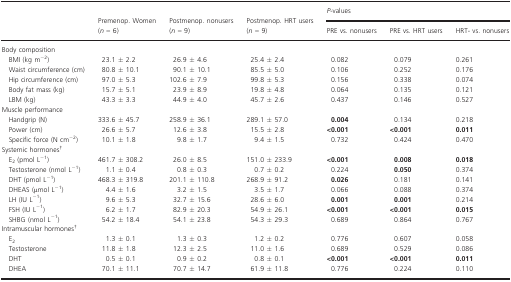
<table><thead><tr><td rowspan="2"></td><td rowspan="2"><b>Premenop. Women (<i>n</i> = 6)</b></td><td rowspan="2"><b>Postmenop. nonusers (<i>n</i> = 9)</b></td><td rowspan="2"><b>Postmenop. HRT users (<i>n</i> = 9)</b></td><td colspan="3"><b><i>P</i>‐values</b></td></tr><tr><td><b>PRE vs. nonusers</b></td><td><b>PRE vs. HRT users</b></td><td><b>HRT‐ vs. nonusers</b></td></tr></thead><tbody><tr><td colspan="7">Body composition</td></tr><tr><td>BMI (kg m<sup>−2</sup>)</td><td>23.1 ± 2.2</td><td>26.9 ± 4.6</td><td>25.4 ± 2.4</td><td>0.082</td><td>0.079</td><td>0.261</td></tr><tr><td>Waist circumference (cm)</td><td>80.8 ± 10.1</td><td>90.1 ± 10.1</td><td>85.5 ± 5.0</td><td>0.106</td><td>0.252</td><td>0.176</td></tr><tr><td>Hip circumference (cm)</td><td>97.0 ± 5.3</td><td>102.6 ± 7.9</td><td>99.8 ± 5.3</td><td>0.156</td><td>0.338</td><td>0.074</td></tr><tr><td>Body fat mass (kg)</td><td>15.7 ± 5.1</td><td>23.9 ± 8.9</td><td>19.8 ± 4.8</td><td>0.064</td><td>0.135</td><td>0.121</td></tr><tr><td>LBM (kg)</td><td>43.3 ± 3.3</td><td>44.9 ± 4.0</td><td>45.7 ± 2.6</td><td>0.437</td><td>0.146</td><td>0.527</td></tr><tr><td colspan="7">Muscle performance</td></tr><tr><td>Handgrip (N)</td><td>333.6 ± 45.7</td><td>258.9 ± 36.1</td><td>289.1 ± 57.0</td><td><b>0.004</b></td><td>0.134</td><td>0.218</td></tr><tr><td>Power (cm)</td><td>26.6 ± 5.7</td><td>12.6 ± 3.8</td><td>15.5 ± 2.8</td><td><b>&lt;0.001</b></td><td><b>&lt;0.001</b></td><td><b>0.011</b></td></tr><tr><td>Specific force (N cm<sup>−2</sup>)</td><td>10.1 ± 1.8</td><td>9.8 ± 1.7</td><td>9.4 ± 1.5</td><td>0.732</td><td>0.424</td><td>0.470</td></tr><tr><td colspan="7">Systemic hormonesa</td></tr><tr><td>E<sub>2</sub> (pmol L<sup>−1</sup>)</td><td>461.7 ± 308.2</td><td>26.0 ± 8.5</td><td>151.0 ± 233.9</td><td><b>&lt;0.001</b></td><td><b>0.008</b></td><td><b>0.018</b></td></tr><tr><td>Testosterone (nmol L<sup>−1</sup>)</td><td>1.1 ± 0.4</td><td>0.8 ± 0.3</td><td>0.7 ± 0.2</td><td>0.224</td><td><b>0.050</b></td><td>0.374</td></tr><tr><td>DHT (pmol L<sup>−1</sup>)</td><td>468.3 ± 319.8</td><td>201.1 ± 110.8</td><td>268.9 ± 91.2</td><td><b>0.026</b></td><td>0.181</td><td>0.141</td></tr><tr><td>DHEAS (μmol L<sup>−1</sup>)</td><td>4.4 ± 1.6</td><td>3.2 ± 1.5</td><td>3.5 ± 1.7</td><td>0.066</td><td>0.088</td><td>0.374</td></tr><tr><td>LH (IU L<sup>−1</sup>)</td><td>9.6 ± 5.3</td><td>32.7 ± 15.6</td><td>28.6 ± 6.0</td><td><b>0.001</b></td><td><b>0.001</b></td><td>0.214</td></tr><tr><td>FSH (IU L<sup>−1</sup>)</td><td>6.2 ± 1.7</td><td>82.9 ± 20.3</td><td>54.9 ± 26.1</td><td><b>&lt;0.001</b></td><td><b>&lt;0.001</b></td><td><b>0.015</b></td></tr><tr><td>SHBG (nmol L<sup>−1</sup>)</td><td>54.2 ± 18.4</td><td>54.1 ± 23.8</td><td>54.3 ± 29.3</td><td>0.689</td><td>0.864</td><td>0.767</td></tr><tr><td colspan="7">Intramuscular hormonesa</td></tr><tr><td>E<sub>2</sub></td><td>1.3 ± 0.1</td><td>1.3 ± 0.3</td><td>1.2 ± 0.2</td><td>0.776</td><td>0.607</td><td>0.058</td></tr><tr><td>Testosterone</td><td>11.8 ± 1.8</td><td>12.3 ± 2.5</td><td>11.0 ± 1.6</td><td>0.689</td><td>0.529</td><td>0.086</td></tr><tr><td>DHT</td><td>0.5 ± 0.1</td><td>0.9 ± 0.2</td><td>0.8 ± 0.1</td><td><b>&lt;0.001</b></td><td><b>&lt;0.001</b></td><td><b>0.011</b></td></tr><tr><td>DHEA</td><td>70.1 ± 11.1</td><td>70.7 ± 14.7</td><td>61.9 ± 11.8</td><td>0.776</td><td>0.224</td><td>0.110</td></tr></tbody></table>